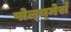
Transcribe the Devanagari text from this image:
पोल्य्मेर्स